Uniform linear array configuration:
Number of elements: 24
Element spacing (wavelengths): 0.5
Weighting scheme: exponential
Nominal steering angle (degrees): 0
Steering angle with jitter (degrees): -1.258
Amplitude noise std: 0.05
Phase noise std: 0.05

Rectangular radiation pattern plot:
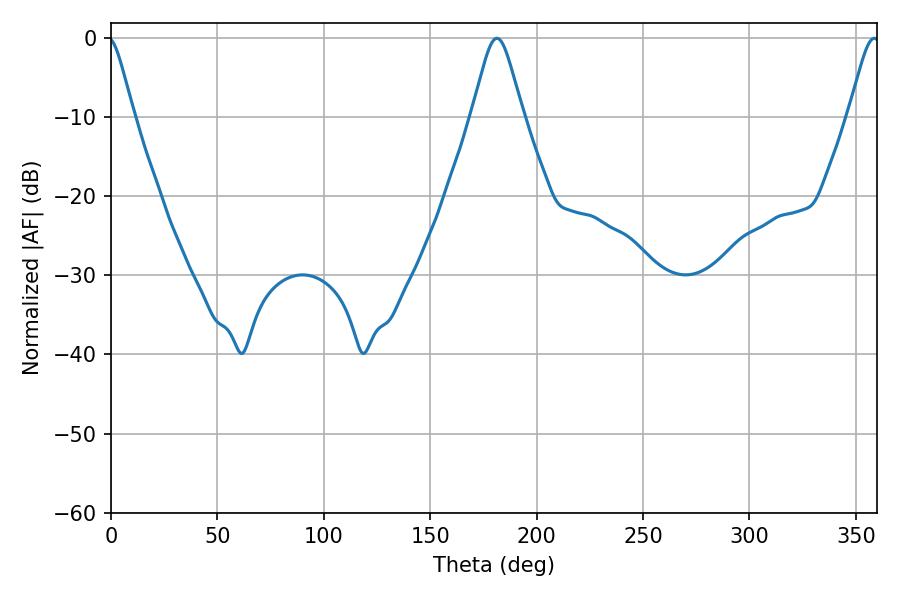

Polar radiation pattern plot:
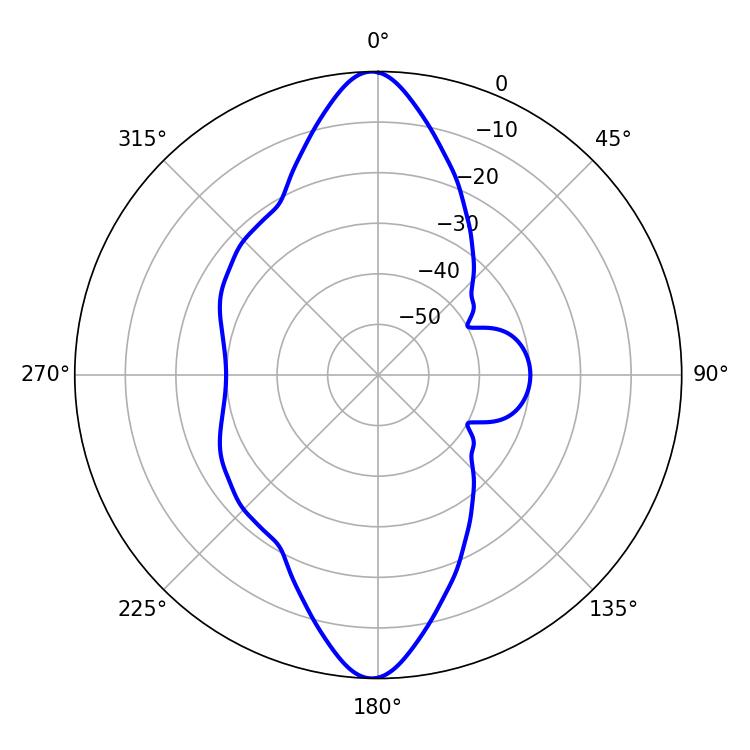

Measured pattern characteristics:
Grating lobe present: FALSE
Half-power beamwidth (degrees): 11.7
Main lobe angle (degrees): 181.26